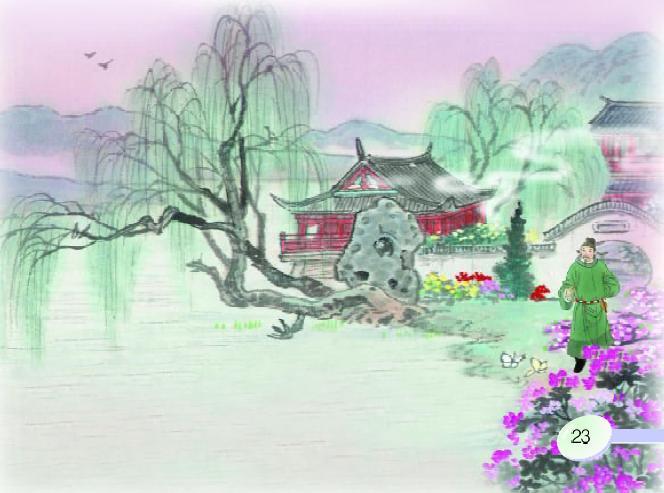
岭南能有几多花，寒食临之扫春迹。